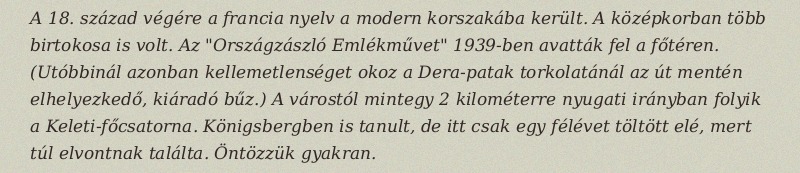
A 18. század végére a francia nyelv a modern korszakába került. A középkorban több birtokosa is volt. Az "Országzászló Emlékművet" 1939-ben avatták fel a főtéren. (Utóbbinál azonban kellemetlenséget okoz a Dera-patak torkolatánál az út mentén elhelyezkedő, kiáradó bűz.) A várostól mintegy 2 kilométerre nyugati irányban folyik a Keleti-főcsatorna. Königsbergben is tanult, de itt csak egy félévet töltött elé, mert túl elvontnak találta. Öntözzük gyakran.